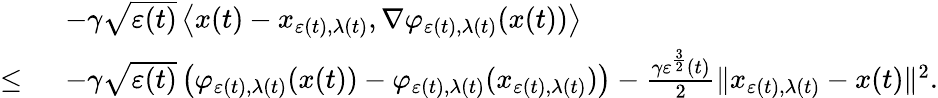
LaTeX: \begin{array}{rl}&{-\gamma\sqrt{\varepsilon(t)}\left\langle x(t)-x_{\varepsilon(t),\lambda(t)},\nabla\varphi_{\varepsilon(t),\lambda(t)}(x(t))\right\rangle}\\ {\leq\ }&{-\gamma\sqrt{\varepsilon(t)}\left(\varphi_{\varepsilon(t),\lambda(t)}(x(t))-\varphi_{\varepsilon(t),\lambda(t)}(x_{\varepsilon(t),\lambda(t)})\right)-\frac{\gamma\varepsilon^{\frac{3}{2}}(t)}{2}\| x_{\varepsilon(t),\lambda(t)}-x(t)\| ^{2}.}\end{array}